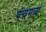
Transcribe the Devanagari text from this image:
पंचगव्यं